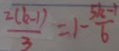
\frac { 2 ( k - 1 ) } { 3 } = 1 - \frac { 5 k - 1 } { 6 }